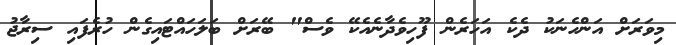
މިވަރަށް އަންހެނަކު ދެކެ އަހަރެން ފޫހިވެދާނެއެކޭ ވެސް" ބޭރަށް ބަލަހައްޓައިގެން ހުރެފައި ސިރާޖު